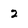
Character: 2